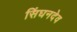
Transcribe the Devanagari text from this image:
सिंघनदेव